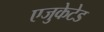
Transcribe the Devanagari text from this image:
एजुकेटेड